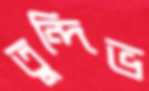
তুন্দিভ